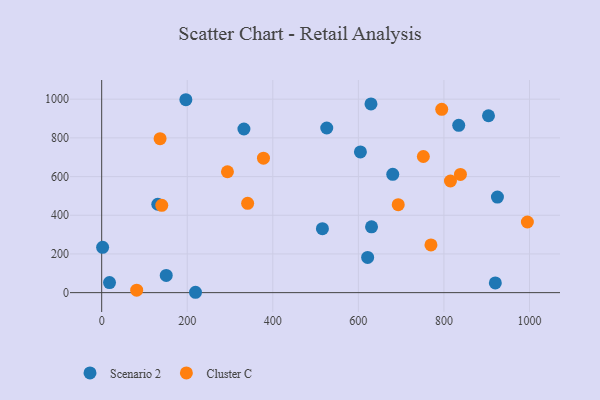
{"axis": {"x": "Distance", "y": "Yield"}, "legend": ["Cluster C", "Scenario 2"], "data": [{"x": "604.8", "y": 727.4, "type": "Scenario 2"}, {"x": "925.1", "y": 494.0, "type": "Scenario 2"}, {"x": "629.5", "y": 975.6, "type": "Scenario 2"}, {"x": "526.1", "y": 851.2, "type": "Scenario 2"}, {"x": "2.2", "y": 234.1, "type": "Scenario 2"}, {"x": "332.5", "y": 846.0, "type": "Scenario 2"}, {"x": "621.7", "y": 182.2, "type": "Scenario 2"}, {"x": "680.4", "y": 611.8, "type": "Scenario 2"}, {"x": "834.6", "y": 865.2, "type": "Scenario 2"}, {"x": "630.8", "y": 340.5, "type": "Scenario 2"}, {"x": "131.1", "y": 456.9, "type": "Scenario 2"}, {"x": "18.3", "y": 52.0, "type": "Scenario 2"}, {"x": "516.0", "y": 330.8, "type": "Scenario 2"}, {"x": "196.8", "y": 997.3, "type": "Scenario 2"}, {"x": "150.9", "y": 88.9, "type": "Scenario 2"}, {"x": "904.2", "y": 914.4, "type": "Scenario 2"}, {"x": "920.2", "y": 50.3, "type": "Scenario 2"}, {"x": "219.3", "y": 1.9, "type": "Scenario 2"}, {"x": "693.2", "y": 454.8, "type": "Cluster C"}, {"x": "751.9", "y": 703.9, "type": "Cluster C"}, {"x": "341.2", "y": 461.9, "type": "Cluster C"}, {"x": "769.7", "y": 246.8, "type": "Cluster C"}, {"x": "815.3", "y": 577.2, "type": "Cluster C"}, {"x": "838.6", "y": 610.9, "type": "Cluster C"}, {"x": "294.0", "y": 624.9, "type": "Cluster C"}, {"x": "794.9", "y": 947.6, "type": "Cluster C"}, {"x": "81.8", "y": 12.9, "type": "Cluster C"}, {"x": "136.5", "y": 796.2, "type": "Cluster C"}, {"x": "378.2", "y": 695.0, "type": "Cluster C"}, {"x": "140.4", "y": 451.2, "type": "Cluster C"}, {"x": "995.1", "y": 365.1, "type": "Cluster C"}]}